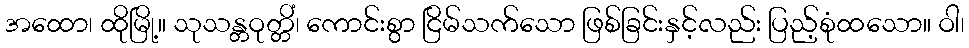
အထော၊ ထိုမြို့။ သုသန္တဝုတ္တိံ၊ ကောင်းစွာ ငြိမ်သက်သော ဖြစ်ခြင်းနှင့်လည်း ပြည့်စုံထသော။ ဝါ၊